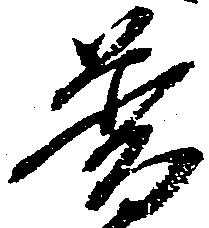
普